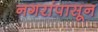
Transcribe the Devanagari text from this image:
नगरांपासून